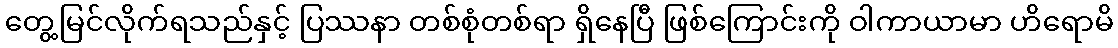
တွေ့မြင်လိုက်ရသည်နှင့် ပြဿနာ တစ်စုံတစ်ရာ ရှိနေပြီ ဖြစ်ကြောင်းကို ဝါကာယာမာ ဟိရောမိ